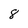
Character: 8